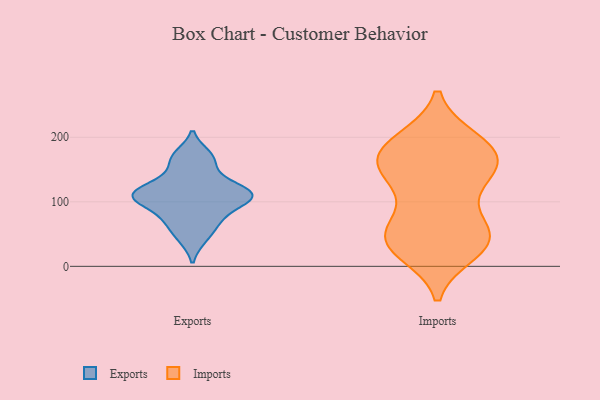
{"axis": {"x": "Revenue (USD Million)", "y": "Value"}, "legend": ["Exports", "Imports"], "data": [{"x": "", "y": 43, "type": "Exports"}, {"x": "", "y": 136, "type": "Exports"}, {"x": "", "y": 106, "type": "Exports"}, {"x": "", "y": 102, "type": "Exports"}, {"x": "", "y": 67, "type": "Exports"}, {"x": "", "y": 111, "type": "Exports"}, {"x": "", "y": 172, "type": "Exports"}, {"x": "", "y": 164, "type": "Exports"}, {"x": "", "y": 75, "type": "Exports"}, {"x": "", "y": 102, "type": "Exports"}, {"x": "", "y": 116, "type": "Exports"}, {"x": "", "y": 119, "type": "Exports"}, {"x": "", "y": 50, "type": "Imports"}, {"x": "", "y": 157, "type": "Imports"}, {"x": "", "y": 23, "type": "Imports"}, {"x": "", "y": 51, "type": "Imports"}, {"x": "", "y": 104, "type": "Imports"}, {"x": "", "y": 40, "type": "Imports"}, {"x": "", "y": 193, "type": "Imports"}, {"x": "", "y": 145, "type": "Imports"}, {"x": "", "y": 188, "type": "Imports"}, {"x": "", "y": 149, "type": "Imports"}, {"x": "", "y": 195, "type": "Imports"}, {"x": "", "y": 33, "type": "Imports"}, {"x": "", "y": 142, "type": "Imports"}, {"x": "", "y": 69, "type": "Imports"}, {"x": "", "y": 156, "type": "Imports"}, {"x": "", "y": 171, "type": "Imports"}, {"x": "", "y": 40, "type": "Imports"}, {"x": "", "y": 34, "type": "Imports"}, {"x": "", "y": 181, "type": "Imports"}]}